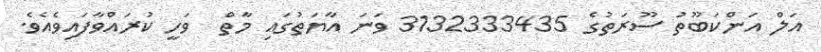
އަލް އަންކަބޫތު ސޫރަތުގެ 3132333435 ވަނަ އާޔަތުގައި މާތް  ވަހީ ކުރައްވާފައިވެއެވެ.